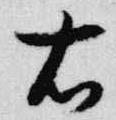
右